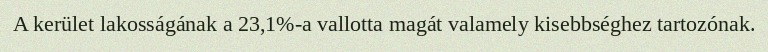
A kerület lakosságának a 23,1%-a vallotta magát valamely kisebbséghez tartozónak.